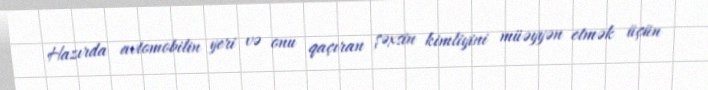
Hazırda avtomobilin yeri və onu qaçıran şəxsin kimliyini müəyyən etmək üçün